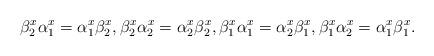
LaTeX: \begin{align*} \beta^x_2 \alpha^x_1 = \alpha^x_1 \beta^x_2, \beta^x_2 \alpha^x_2 = \alpha^x_2 \beta^x_2, \beta^x_1 \alpha^x_1 = \alpha^x_2 \beta^x_1, \beta^x_1 \alpha^x_2 = \alpha^x_1 \beta^x_1.\end{align*}